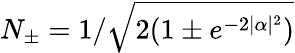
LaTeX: N_{\pm}=1/\sqrt{2(1\pm e^{-2|\alpha|^{2}})}